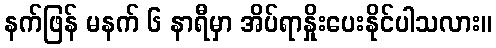
နက်ဖြန် မနက် ၆ နာရီမှာ အိပ်ရာနှိုးပေးနိုင်ပါသလား။